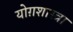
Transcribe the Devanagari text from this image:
योग़शास्त्रा